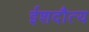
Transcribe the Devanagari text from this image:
ईशदौत्य